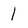
Character: 1